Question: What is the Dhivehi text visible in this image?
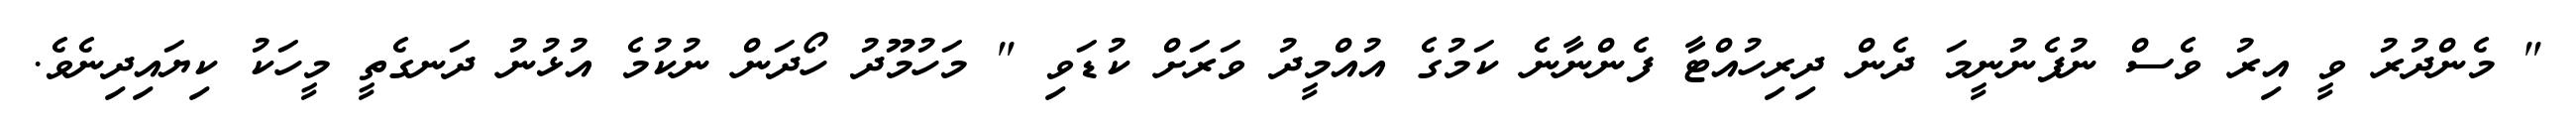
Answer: " މެންދުރު ވީ އިރު ވެސް ނުފެނުނީމަ ދެން ދިރިހުއްޓާ ފެންނާނެ ކަމުގެ އުއްމީދު ވަރަށް ކުޑަވި " މަހުމޫދު ހޯދަން ނުކުމެ އުޅުނު ދަނގެތީ މީހަކު ކިޔައިދިނެވެ.